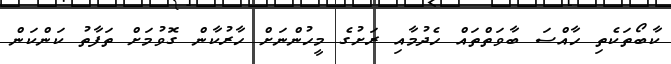
ކާބޯތަކެތި ހާއްސަ ބާވަތްތައް ހެދުމާއި ރަށުގެ މީހުންނަށް ހާރުކާން ގޮވުމަށް ތަފާތު ކަންކަން